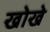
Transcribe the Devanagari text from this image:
खोखे